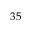
- 3 5